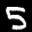
Label: 5